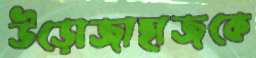
উড়োজাহাজকে